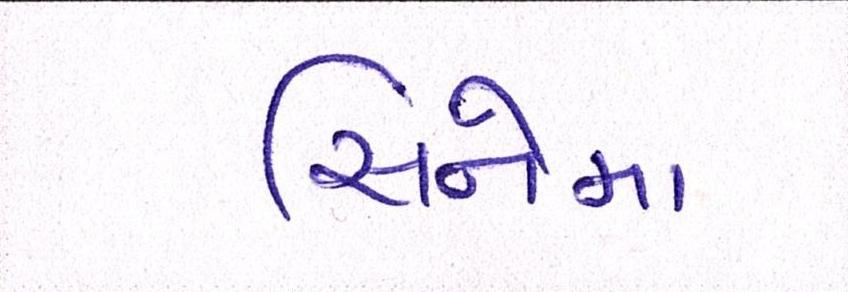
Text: સિનેમા